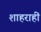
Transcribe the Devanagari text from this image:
शाहराहीं